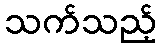
သက်သည့်